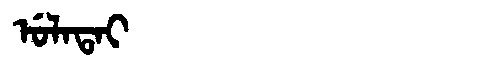
Manchu: ᡠᠯᠠᡨᠠᡳ
Romanization: ULATAI